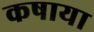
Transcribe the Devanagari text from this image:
कषाया